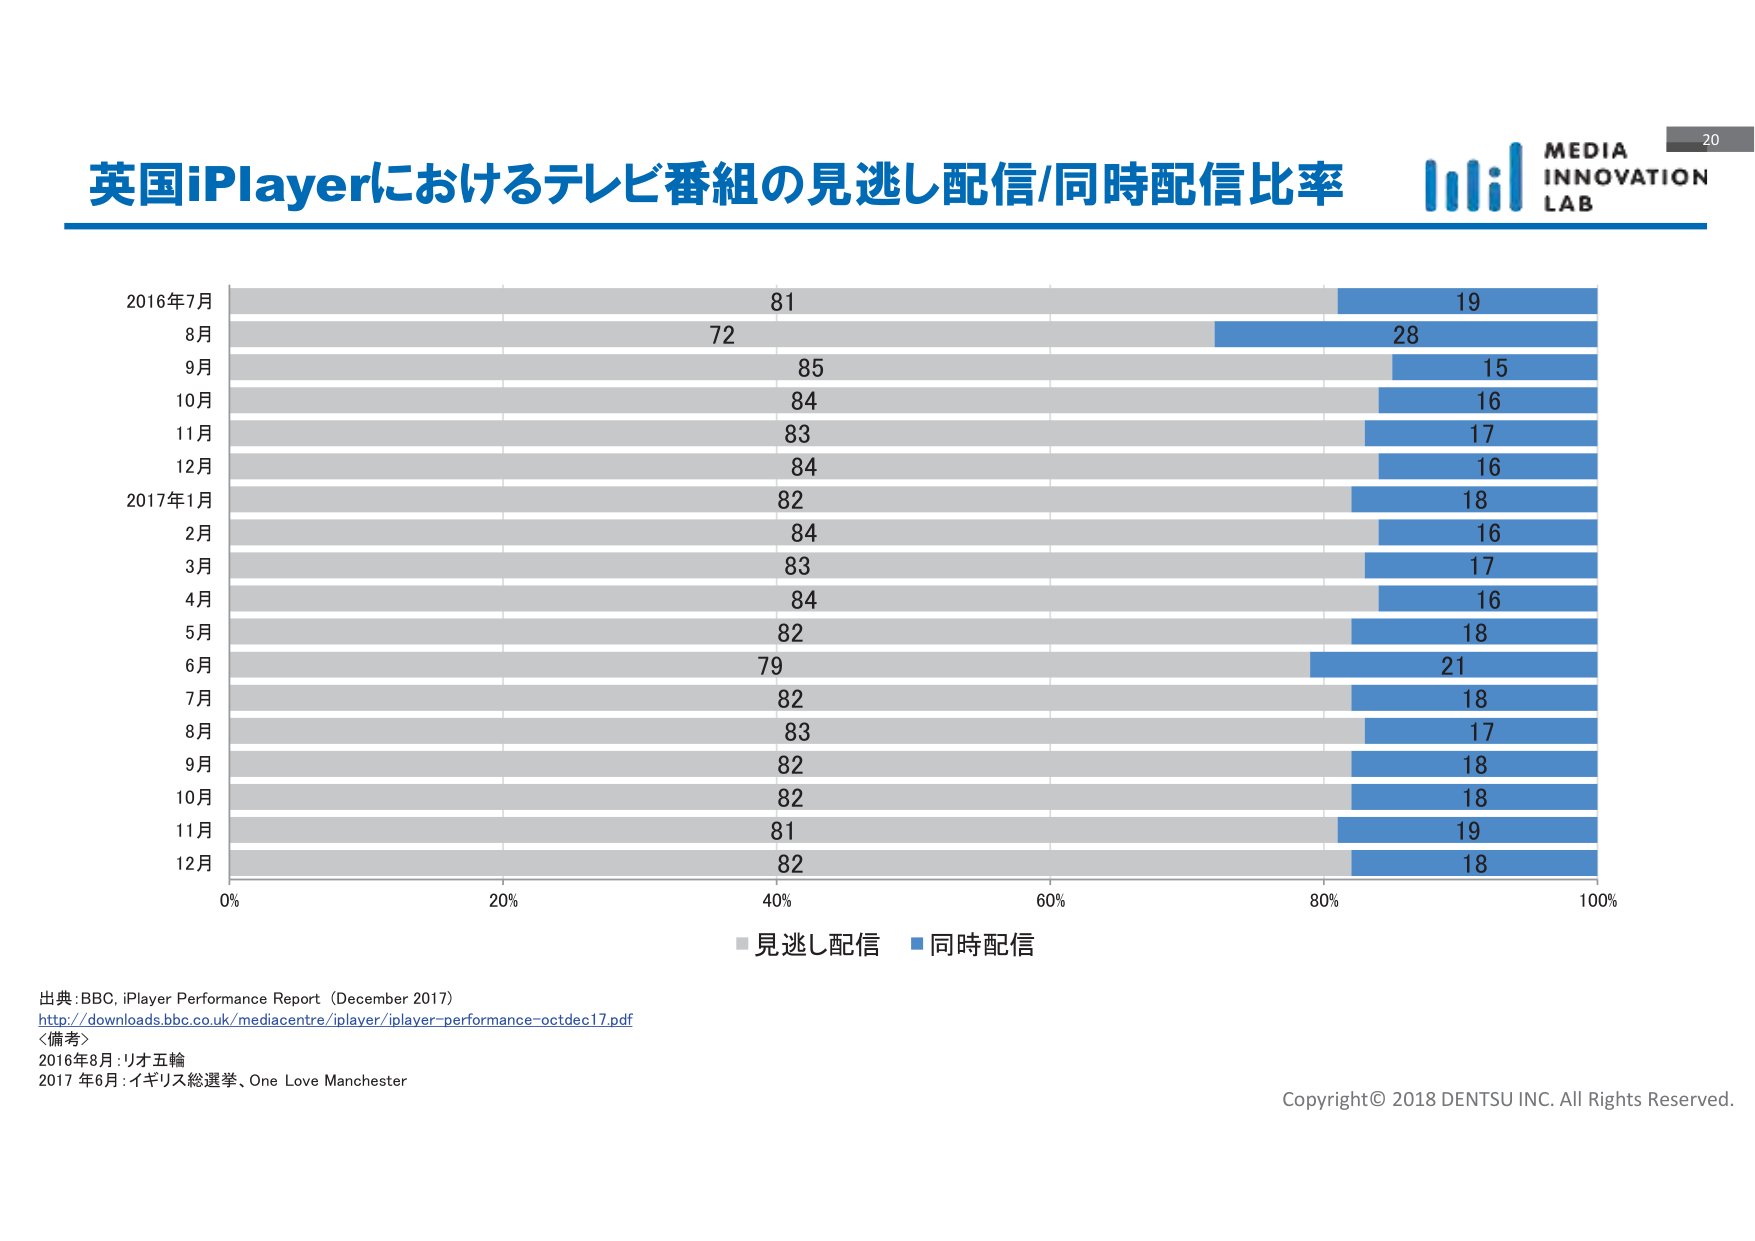
英国iPlayerにおけるテレビ番組の見逃し配信/同時配信比率

2016年7月 81 19
8月 72 28
9月 85 15
10月 84 16
11月 83 17
12月 84 16
2017年1月 82 18
2月 84 16
3月 83 17
4月 84 16
5月 82 18
6月 79 21
7月 82 18
8月 83 17
9月 82 18
10月 82 18
11月 81 19
12月 82 18

0% 20% 40% 60% 80% 100%

■見逃し配信 ■同時配信

出典: BBC, iPlayer Performance Report (December 2017)
http://downloads.bbc.co.uk/mediacentre/iplayer/iplayer-performance-octdec17.pdf
〈備考〉
2016年8月: リオ五輪
2017年6月: イギリス総選挙、One Love Manchester

MEDIA INNOVATION LAB
20

Copyright© 2018 DENTSU INC. All Rights Reserved.